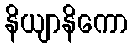
နိယျာနိကော